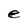
Character: e